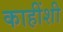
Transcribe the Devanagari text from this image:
काहींशी